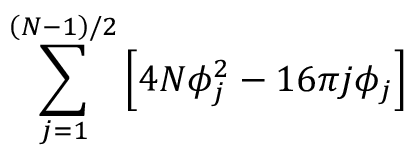
\sum _ { j = 1 } ^ { \left( N - 1 \right) / 2 } \left[ 4 N \phi _ { j } ^ { 2 } - 1 6 \pi j \phi _ { j } \right]